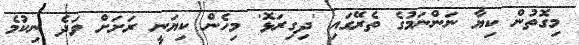
މިގޮތުން ކިޔާ ނަންނަމުގެ ތެރޭގައި 'ދިގިރަޅޮ' މިހެން ކިޔަނީ ރަށަށް ވަދެ ނިކުމެ